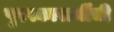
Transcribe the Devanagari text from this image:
पुरस्कारार्थीची